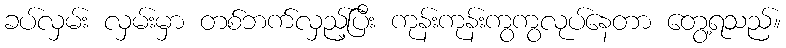
ခပ်လှမ်း လှမ်းမှာ တစ်ဘက်လှည့်ပြီး ကုန်းကုန်းကွကွလုပ်နေတာ တွေ့ရသည်။